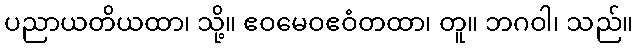
ပညာယတိယထာ၊ သို့။ ဧဝမေဝဧဝံတထာ၊ တူ။ ဘဂဝါ၊ သည်။